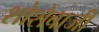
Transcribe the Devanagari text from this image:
शोशेबाजी